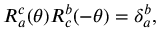
R _ { a } ^ { c } ( \theta ) R _ { c } ^ { b } ( - \theta ) = \delta _ { a } ^ { b } ,